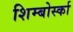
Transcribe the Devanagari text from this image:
शिम्बोर्स्का